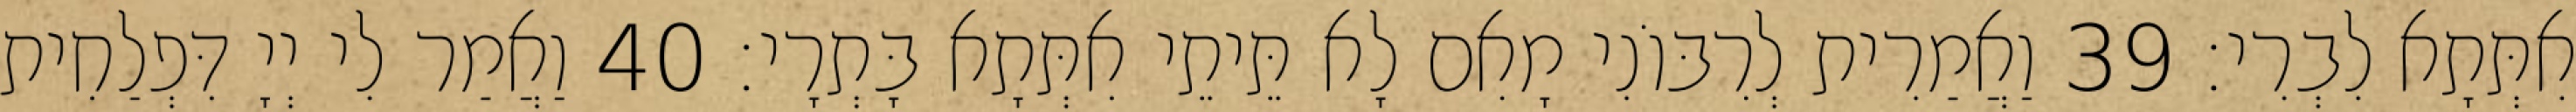
אִתְּתָא לִבְרִי׃ 39 וַאֲמַרִית לְרִבּוֹנִי מָאִם לָא תֵּיתֵי אִתְּתָא בָּתְרָי׃ 40 וַאֲמַר לִי יְיָ דִּפְלַחִית